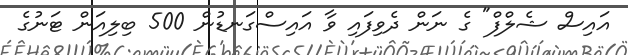
އައިސް ޝެލްފް" ގެ ނަން ދެވިފައި ވާ އައިސްގަނޑުން 500 ބިލިއަން ޓަނުގެ